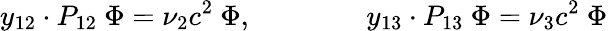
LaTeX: y_{12}\cdot P_{12}\ \Phi=\nu_{2}c^{2}\ \Phi,\qquad\qquad y_{13}\cdot P_{13}\ \Phi=\nu_{3}c^{2}\ \Phi